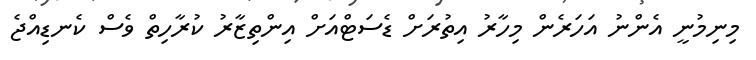
މިނިމުނީ އެންނު އަހަރެން މިހާރު އިތުރަށް ޑެސަޓްއަށް އިންތިޒާރު ކުރާހިތް ވެސް ކެނޑިއްޖެ